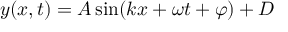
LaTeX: y ( x , t ) = A \sin ( k x + \omega t + \varphi ) + D